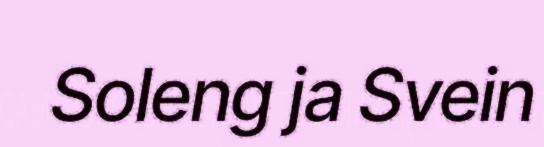
Soleng ja Svein